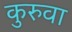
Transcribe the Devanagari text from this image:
कुरुवा